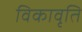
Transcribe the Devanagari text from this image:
विकावृति